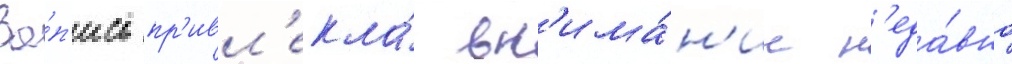
За́п'ись пр'ивл'екла́ вн'има́н'ие н'еда́вно